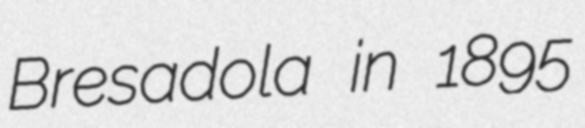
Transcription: Bresadola in 1895